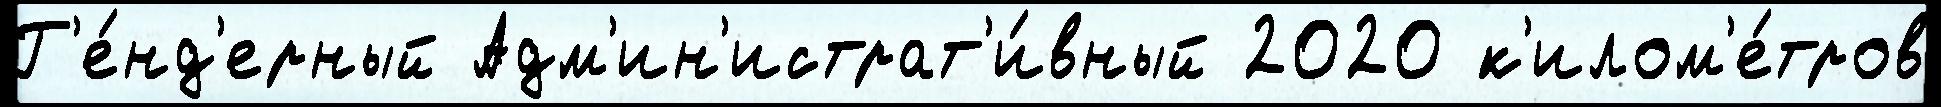
Г'е́нд'ерный Адм'ин'истрат'и́вный 2020 к'илом'е́тров